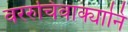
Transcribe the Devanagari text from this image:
वररुचिवाक्यानि